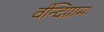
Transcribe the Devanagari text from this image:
र्वन्दिग्रामः